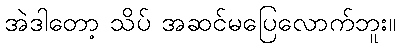
အဲဒါတော့ သိပ် အဆင်မပြေလောက်ဘူး။